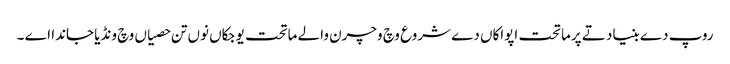
روپ دے بنیاد تے پرماتحت اپواکاں دے شروع وچ وچرن والے ماتحت یوجکاں نوں تن حصیاں وچ ونڈیا جاندا اے ۔